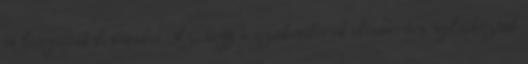
is látogattak bennünket. Az, hogy a szakemberek elismerôen nyilatkoztak